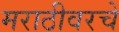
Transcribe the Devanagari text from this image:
मराठीवरचे